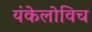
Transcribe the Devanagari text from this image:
यंकेलोविच